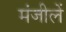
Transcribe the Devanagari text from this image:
मंजीलें